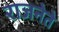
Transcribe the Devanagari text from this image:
राजनेते